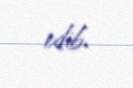
edib.